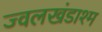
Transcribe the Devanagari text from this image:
ज्वलखंडाश्म